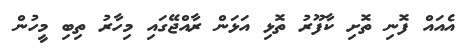
އެއައް ފޮނި ތޮށި ކާފޫރު ތޮޅި އަޅަން ރާއްޖޭގައި މިހާރު ތިބި މީހުން